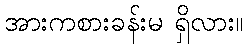
အားကစားခန်းမ ရှိလား။